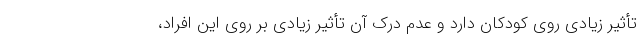
تأثیر زیادی روی کودکان دارد و عدم درک آن تأثیر زیادی بر روی این افراد،